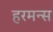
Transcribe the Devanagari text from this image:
हरमन्स